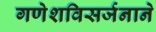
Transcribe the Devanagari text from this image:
गणेशविसर्जनाने